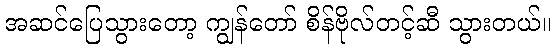
အဆင်ပြေသွားတော့ ကျွန်တော် စိန်ဗိုလ်တင့်ဆီ သွားတယ်။